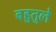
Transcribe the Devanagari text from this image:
बहुतुले